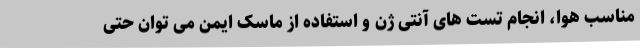
مناسب هوا، انجام تست های آنتی ژن و استفاده از ماسک ایمن می توان حتی